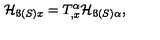
{ \cal H } _ { { \ss ( S ) } x } = T _ { , x } ^ { \alpha } { \cal H } _ { { \ss ( S ) } \alpha } ,